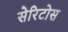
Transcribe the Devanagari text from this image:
सेरिटोस